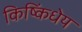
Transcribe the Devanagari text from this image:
किष्किंधेय